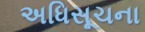
અધિસૂચના